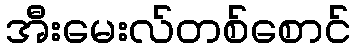
အီးမေးလ်တစ်စောင်